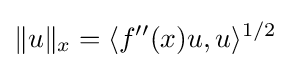
\|u\|_{x}=\langle f''(x)u,u\rangle ^{1/2}